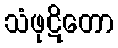
သံဖုဋိတော